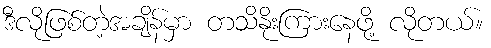
ဒီလိုဖြစ်တဲ့အချိန်မှာ တသိနိုးကြားနေဖို့ လိုတယ်။